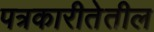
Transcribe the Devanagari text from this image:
पत्रकारीतेतील